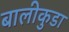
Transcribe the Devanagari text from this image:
बालीकुडा